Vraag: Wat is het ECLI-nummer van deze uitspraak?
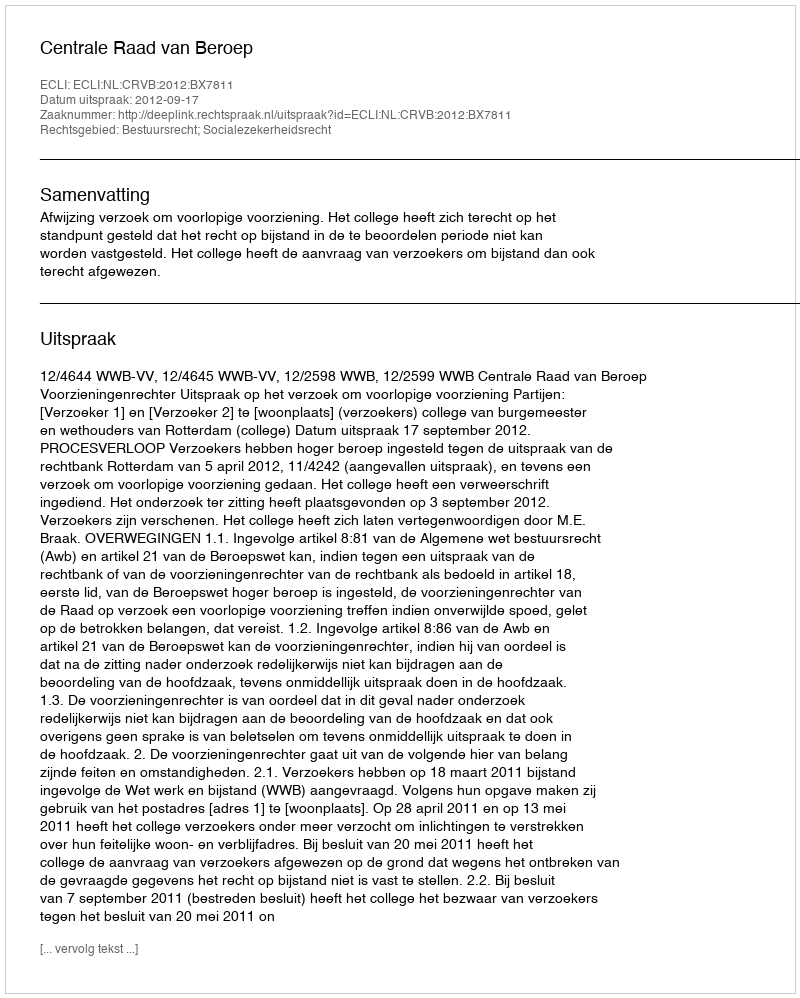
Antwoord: ECLI:NL:CRVB:2012:BX7811